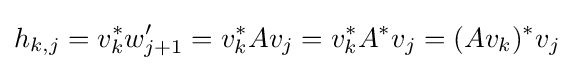
h_{k,j}=v_{k}^{*}w_{j+1}'=v_{k}^{*}Av_{j}=v_{k}^{*}A^{*}v_{j}=(Av_{k})^{*}v_{j}